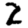
Digit: 2